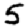
Digit: 5